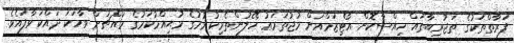
ފަރާތްތަކުގެ ތަޖުރިބާތައް ހިއްސާކޮށް އޯޓިޒަމްއަށް މުޖުތަމަޢު ހޭލުންތެރިކުރުމުގެ މުޙިއްމުކަމުގެ މައްޗަށް ވާހަކަ ދައްކަވާފައެވެ.